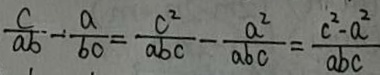
\frac { c } { a b } - \frac { a } { b c } = \frac { c ^ { 2 } } { a b c } - \frac { a ^ { 2 } } { a b c } = \frac { c ^ { 2 } - a ^ { 2 } } { a b c }